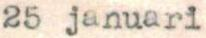
25 januari